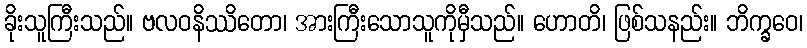
ခိုးသူကြီးသည်။ ဗလဝနိဿိတော၊ အားကြီးသောသူကိုမှီသည်။ ဟောတိ၊ ဖြစ်သနည်း။ ဘိက္ခဝေ၊